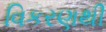
વિકરણથી